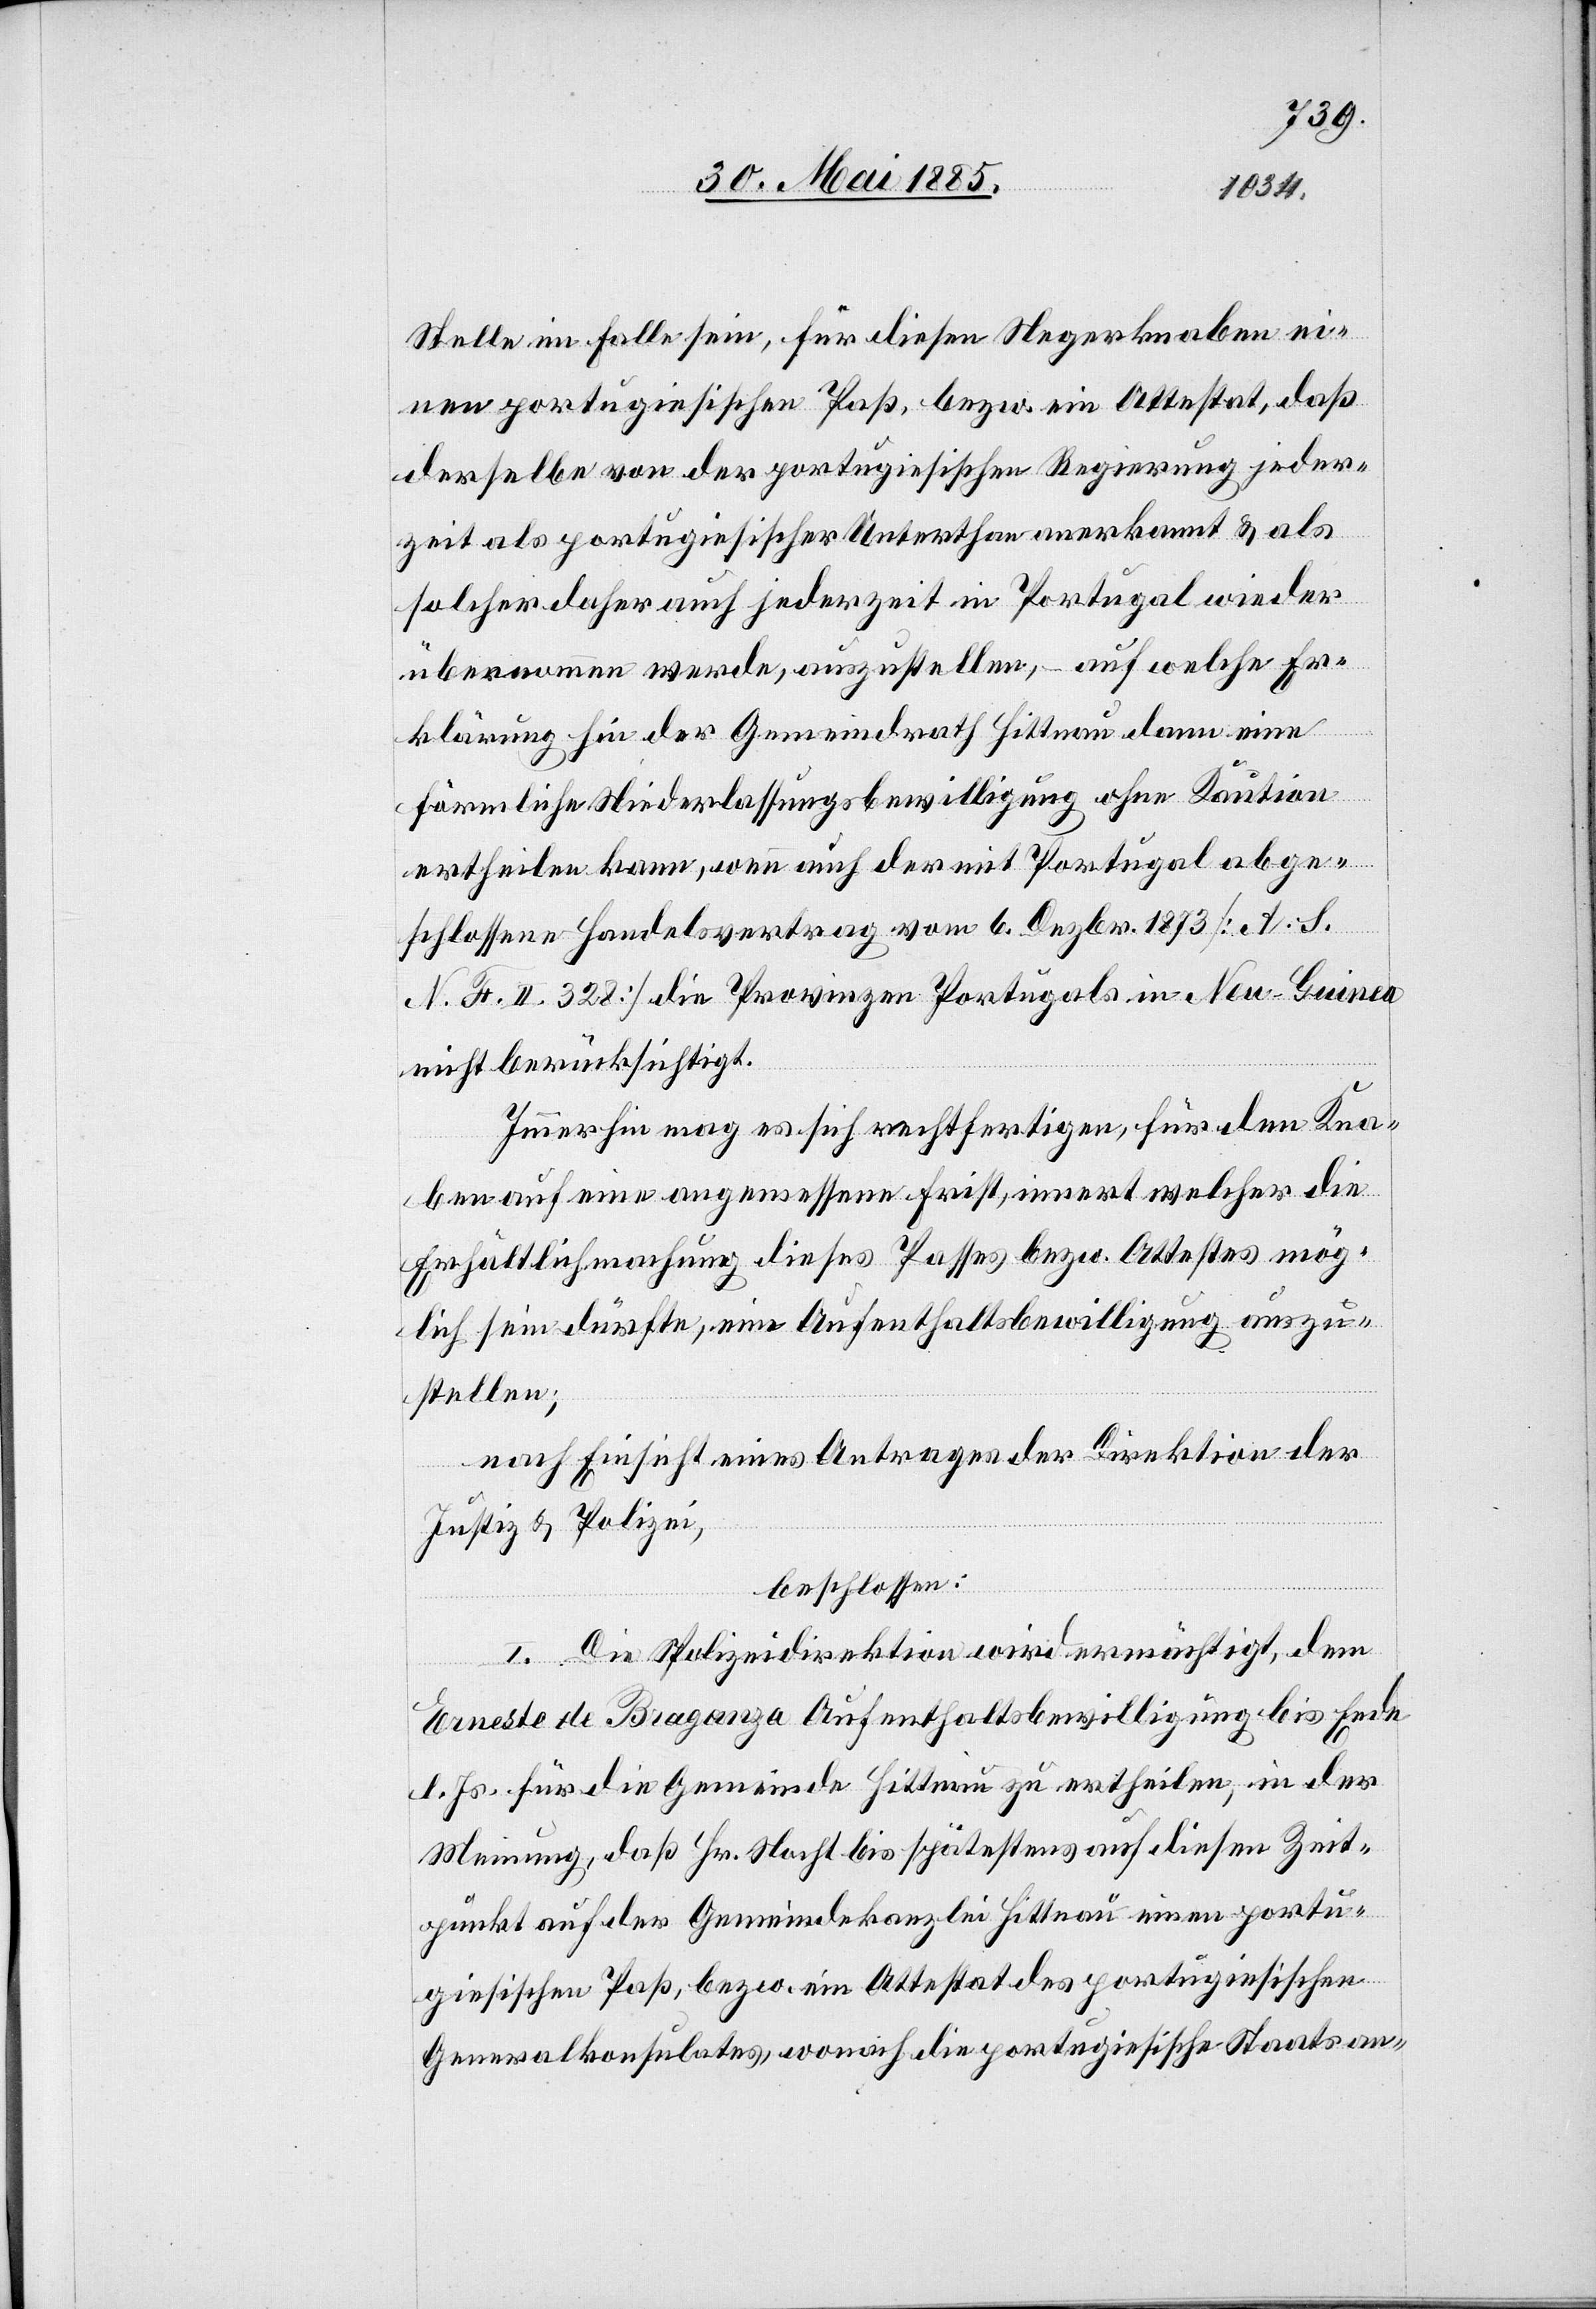
Stelle im Falle sein, für diesen Negerknaben ei¬
nen portugiesischen Paß, bezw. ein Attestat, daß
derselbe von der portugiesischen Regierung jeder¬
zeit als portugiesischer Unterthan anerkannt & als
solcher daher auch jederzeit in Portugal wieder
übernommen werde, auszustellen, – auf welche Er¬
klärung hin der Gemeindrath Hittnau dann eine
förmliche Niederlassungsbewilligung ohne Kaution
ertheilen kann, wenn auch der mit Portugal abge¬
schlossene Handelsvertrag vom 6. Dezbr. 1873 [A. S.
N. H. II. 328] die Provinzen Portugals in Neu-Guinea
nicht berücksichtigt.
Immerhin mag es sich rechtfertigen, für den Kna¬
ben auf eine angemessene Frist, innert welcher die
Erhältlichmachung dieses Passes bezw. Attestes mög¬
lich sein dürfte, eine Aufenthaltsbewilligung auszu¬
stellen;
nach Einsicht eines Antrages der Direktion der
Justiz & Polizei,
beschlossen:
I. Die Polizeidirektion wird ermächtigt, dem
Ernesto de Braganza Aufenthaltsbewilligung bis Ende
l. Js. für die Gemeinde Hittnau zu ertheilen, in der
Meinung, daß Hr. Nacht bis spätestens auf diesen Zeit¬
punkt auf der Gemeindekanzlei Hittnau einen portu¬
giesischen Paß, bezw. ein Attestat des portugiesischen
Generalkonsulates, wonach die portugiesische Staatsan-